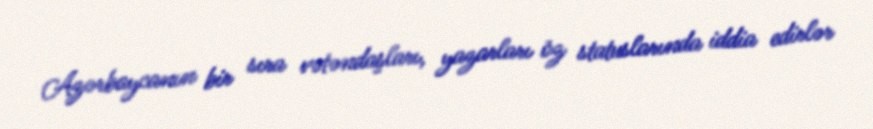
Azərbaycanın bir sıra vətəndaşları, yazarları öz statuslarında iddia edirlər